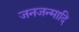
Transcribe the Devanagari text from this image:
जनजन्मादि